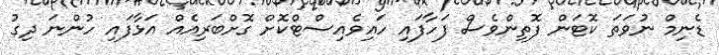
ޑެނިމް ނުވަތަ ކޮޓަން ފޮތިންވެސް ފަހާފައި ހައިވެއިސްޓްކޮށް ގޮށްބަރިއެއް އަޅާފައި ހުންނަ ދިގު